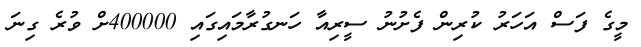
މީގެ ފަސް އަހަރު ކުރިން ފެށުނު ސީރިއާ ހަނގުރާމައިގައި 400000ށް ވުރެ ގިނަ